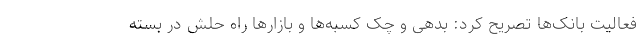
فعالیت بانک‌ها تصریح کرد: بدهی و چک کسبه‌ها و بازارها راه حلش در بسته